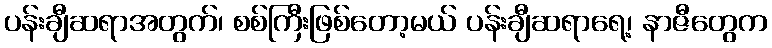
ပန်းချီဆရာအတွက်၊ စစ်ကြီးဖြစ်တော့မယ် ပန်းချီဆရာရေ့၊ နာဇီတွေက